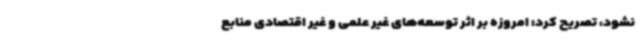
نشود، تصریح کرد: امروزه بر اثر توسعه‌های غیر علمی و غیر اقتصادی منابع